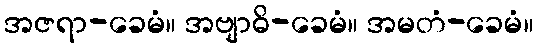
အဇရာ-ခေမံ။ အဗျာဓိ-ခေမံ။ အမတံ-ခေမံ။